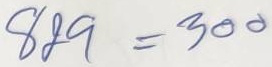
829. =300